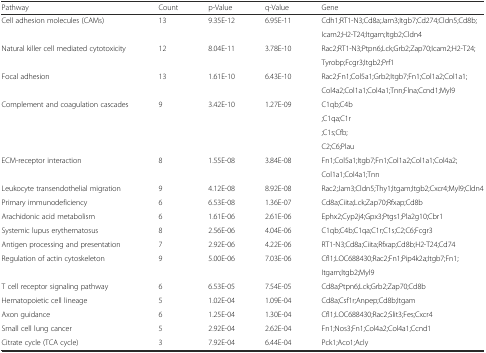
<table><thead><tr><td><b>Pathway</b></td><td><b>Count</b></td><td><b>p-Value</b></td><td><b>q-Value</b></td><td><b>Gene</b></td></tr></thead><tbody><tr><td rowspan="2">Cell adhesion molecules (CAMs)</td><td rowspan="2">13</td><td rowspan="2">9.35E-12</td><td rowspan="2">6.95E-11</td><td>Cdh1;RT1-N3;Cd8a;Jam3;Itgb7;Cd274;Cldn5;Cd8b;</td></tr><tr><td>Icam2;H2-T24;Itgam;Itgb2;Cldn4</td></tr><tr><td rowspan="2">Natural killer cell mediated cytotoxicity</td><td rowspan="2">12</td><td rowspan="2">8.04E-11</td><td rowspan="2">3.78E-10</td><td>Rac2;RT1-N3;Ptpn6;Lck;Grb2;Zap70;Icam2;H2-T24;</td></tr><tr><td>Tyrobp;Fcgr3;Itgb2;Prf1</td></tr><tr><td rowspan="2">Focal adhesion</td><td rowspan="2">13</td><td rowspan="2">1.61E-10</td><td rowspan="2">6.43E-10</td><td>Rac2;Fn1;Col5a1;Grb2;Itgb7;Fn1;Col1a2;Col1a1;</td></tr><tr><td>Col4a2;Col1a1;Col4a1;Tnn;Flna;Ccnd1;Myl9</td></tr><tr><td rowspan="4">Complement and coagulation cascades</td><td rowspan="4">9</td><td rowspan="4">3.42E-10</td><td rowspan="4">1.27E-09</td><td>C1qb;C4b</td></tr><tr><td>;C1qa;C1r</td></tr><tr><td>;C1s;Cfb;</td></tr><tr><td>C2;C6;Plau</td></tr><tr><td rowspan="2">ECM-receptor interaction</td><td rowspan="2">8</td><td rowspan="2">1.55E-08</td><td rowspan="2">3.84E-08</td><td>Fn1;Col5a1;Itgb7;Fn1;Col1a2;Col1a1;Col4a2;</td></tr><tr><td>Col1a1;Col4a1;Tnn</td></tr><tr><td>Leukocyte transendothelial migration</td><td>9</td><td>4.12E-08</td><td>8.92E-08</td><td>Rac2;Jam3;Cldn5;Thy1;Itgam;Itgb2;Cxcr4;Myl9;Cldn4</td></tr><tr><td>Primary immunodeficiency</td><td>6</td><td>6.53E-08</td><td>1.36E-07</td><td>Cd8a;Ciita;Lck;Zap70;Rfxap;Cd8b</td></tr><tr><td>Arachidonic acid metabolism</td><td>6</td><td>1.61E-06</td><td>2.61E-06</td><td>Ephx2;Cyp2j4;Gpx3;Ptgs1;Pla2g10;Cbr1</td></tr><tr><td>Systemic lupus erythematosus</td><td>8</td><td>2.56E-06</td><td>4.04E-06</td><td>C1qb;C4b;C1qa;C1r;C1s;C2;C6;Fcgr3</td></tr><tr><td>Antigen processing and presentation</td><td>7</td><td>2.92E-06</td><td>4.22E-06</td><td>RT1-N3;Cd8a;Ciita;Rfxap;Cd8b;H2-T24;Cd74</td></tr><tr><td rowspan="2">Regulation of actin cytoskeleton</td><td rowspan="2">9</td><td rowspan="2">5.00E-06</td><td rowspan="2">7.03E-06</td><td>Cfl1;LOC688430;Rac2;Fn1;Pip4k2a;Itgb7;Fn1;</td></tr><tr><td>Itgam;Itgb2;Myl9</td></tr><tr><td>T cell receptor signaling pathway</td><td>6</td><td>6.53E-05</td><td>7.54E-05</td><td>Cd8a;Ptpn6;Lck;Grb2;Zap70;Cd8b</td></tr><tr><td>Hematopoietic cell lineage</td><td>5</td><td>1.02E-04</td><td>1.09E-04</td><td>Cd8a;Csf1r;Anpep;Cd8b;Itgam</td></tr><tr><td>Axon guidance</td><td>6</td><td>1.25E-04</td><td>1.30E-04</td><td>Cfl1;LOC688430;Rac2;Slit3;Fes;Cxcr4</td></tr><tr><td>Small cell lung cancer</td><td>5</td><td>2.92E-04</td><td>2.62E-04</td><td>Fn1;Nos3;Fn1;Col4a2;Col4a1;Ccnd1</td></tr><tr><td>Citrate cycle (TCA cycle)</td><td>3</td><td>7.92E-04</td><td>6.44E-04</td><td>Pck1;Aco1;Acly</td></tr></tbody></table>